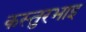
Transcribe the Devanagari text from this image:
कस्तुरभाइ